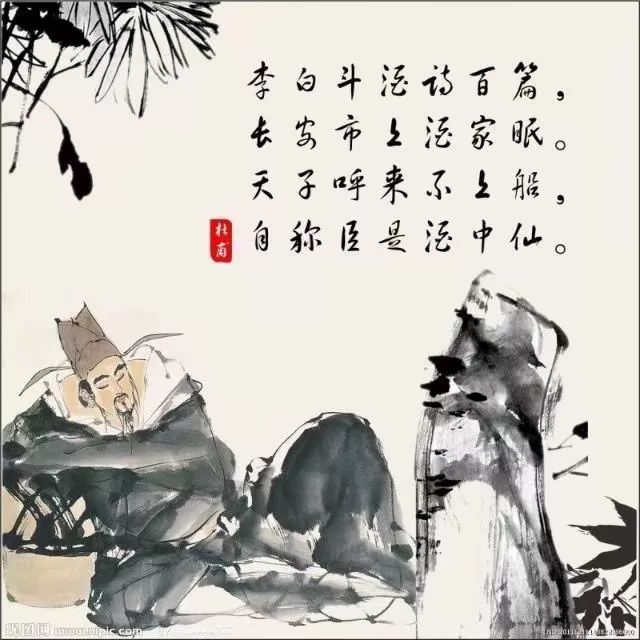
狂风吹我心，西挂咸阳树。